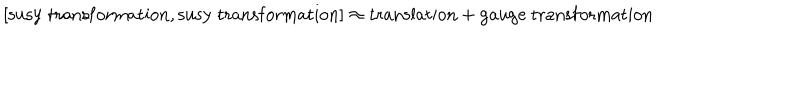
LaTeX: { } [ \mathrm { s u s y \ t r a n s f o r m a t i o n } , \mathrm { s u s y \ t r a n s f o r m a t i o n } ] \approx \mathrm { t r a n s l a t i o n } + \mathrm { g a u g e \ t r a n s f o r m a t i o n }